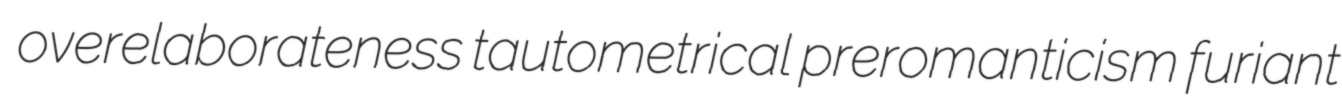
overelaborateness tautometrical preromanticism furiant